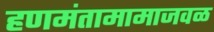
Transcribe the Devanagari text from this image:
हणमंतामामाजवळ